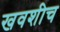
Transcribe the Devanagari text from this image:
खवशीच